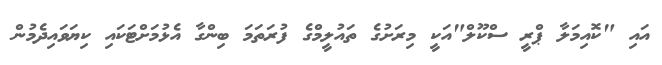
އައި "ކޮއިމަލާ ޕްރީ ސްކޫލް"އަކީ މިރަށުގެ ތައުލީމްގެ ފުރަތަމަ ބިންގާ އެޅުމަށްޓަކައި ކިޔަވައިދެމުން